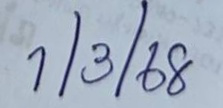
1/3/68